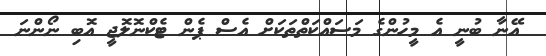
އޭނާ ބުނީ އެ މީހުންގެ މަސައްކަތްތަކަށް އެސް ޕެން ޓެކްނޮލޮޖީ އޮބި ނޯންނަ